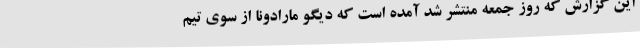
این گزارش که روز جمعه منتشر شد آمده است که دیگو مارادونا از سوی تیم